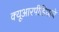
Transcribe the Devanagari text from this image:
क्यूआरपीडियाचे